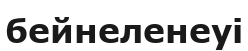
бейнеленеуі